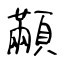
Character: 顢